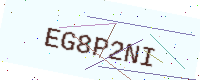
Text: EG8P2NI